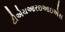
ટીએચઆરઇઆઇએસ